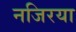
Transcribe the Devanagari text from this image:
नजिरया